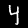
Digit: 4